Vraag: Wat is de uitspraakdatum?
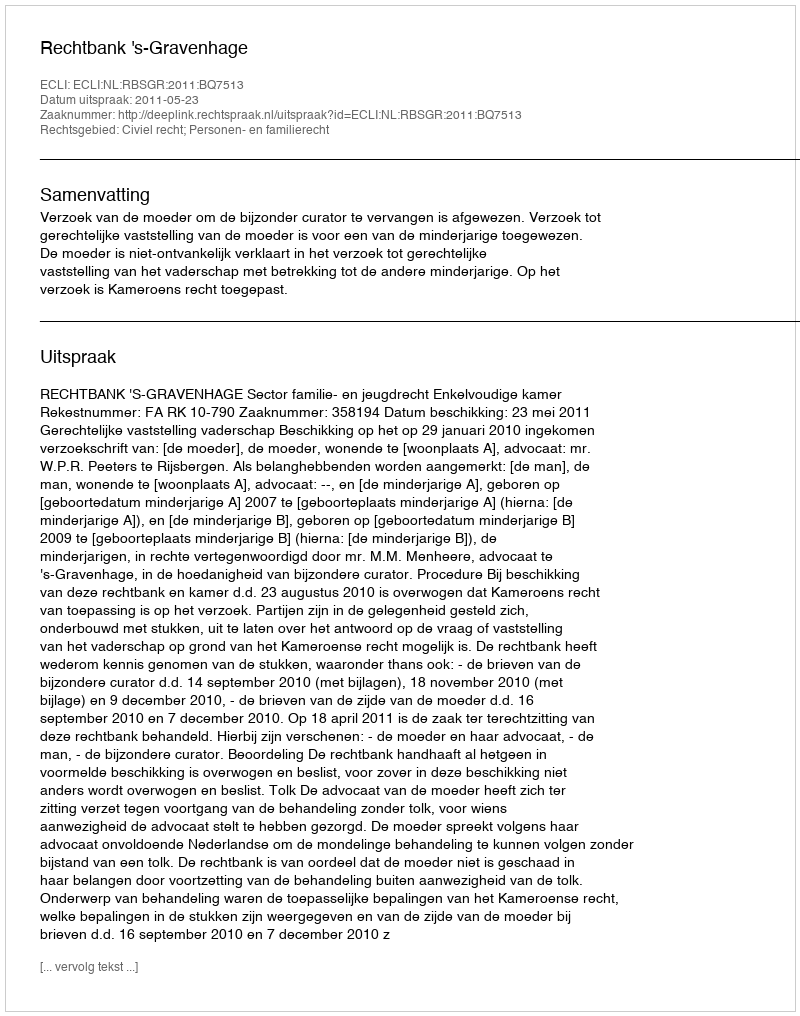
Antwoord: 2011-05-23